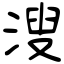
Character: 溲